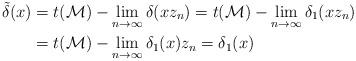
LaTeX: \begin{align*}\tilde{\delta}(x)&=t(\mathcal M)-{\lim_{n \to \infty}\delta(xz_n)}=t(\mathcal M)-{\lim_{n \to \infty}\delta_1(xz_n)}\\&=t(\mathcal M)-{\lim_{n \to \infty}\delta_1(x)z_n}=\delta_1(x)\end{align*}